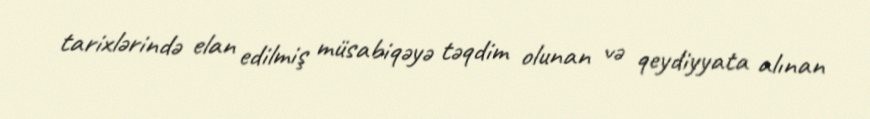
tarixlərində elan edilmiş müsabiqəyə təqdim olunan və qeydiyyata alınan